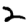
Digit: 2